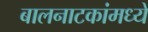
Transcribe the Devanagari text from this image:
बालनाटकांमध्ये